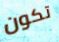
تكون